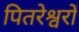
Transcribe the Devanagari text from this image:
पितरेश्वरों